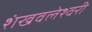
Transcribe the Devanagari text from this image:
शंखवलेश्वरी